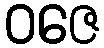
ဝဇေ